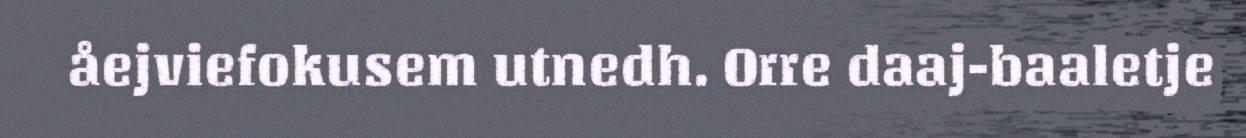
åejviefokusem utnedh. Orre daaj-baaletje